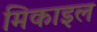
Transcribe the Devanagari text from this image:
मिकाइल